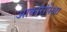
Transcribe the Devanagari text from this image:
आकारांपेक्षा